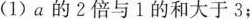
(1)a的2倍与1的和大于3；